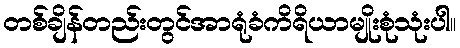
တစ်ချိန်တည်းတွင်အာရုံခံကိရိယာမျိုးစုံသုံးပါ။